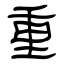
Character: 重